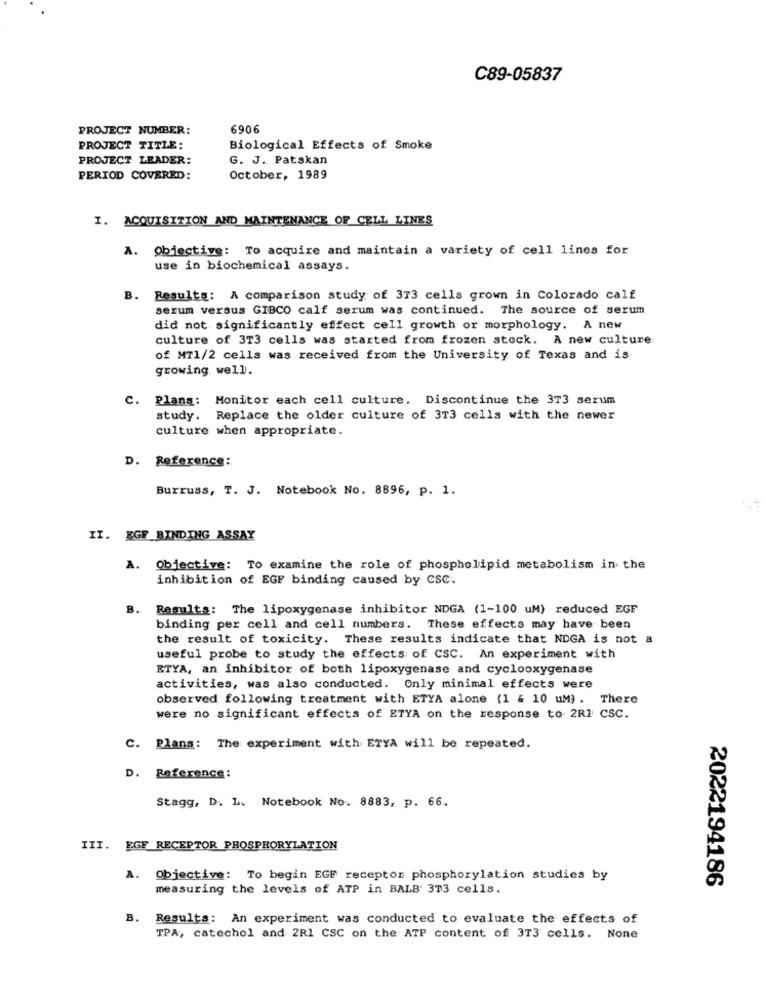
C89-05837
PROJECT NUMBER:
6906
PROJECT TITLE:
Biological Effects of Smoke
PROJECT LEADER:
G. J. Patskan
PERIOD COVERED:
October, 1989
I. ACQUISITION AND MAINTENANCE OF CELL LINES
A. objective: To acquire and maintain a variety of cell lines for
use in biochemical assays.
B. Results: A comparison study of 373 cells grown in Colorado calf
serum versus GIBCO calf serum was continued. The source of serum
did not significantly effect cell growth or morphology. A new
culture of 3T3 cells was started from frozen stock. A new culture
of MT1/2 cells was received from the University of Texas and is
growing well.
C. Plans: Monitor each cell culture. Discontinue the 373 serum
study. Replace the older culture of 3T3 cells with the newer
culture when appropriate.
D. Reference:
Burruss, T. J. Notebook No. 8896, p. 1.
II. EGF BINDING ASSAY
A. Objective: To examine the role of phospholipid metabolism in the
inhibition of EGF binding caused by CSC.
B. Results: The lipoxygenase inhibitor NDGA (1-100 uM) reduced EGF
binding per cell and cell numbers. These effects may have been
the result of toxicity. These results indicate that NDGA is not a
useful probe to study the effects of CSC. An experiment with
ETYA, an inhibitor of both lipoxygenase and cyclooxygenase
activities, was also conducted. Only minimal effects were
observed following treatment with ETYA alone (1 & 10 uM) . There
were no significant effects of ETYA on the response to 2RI CSC.
C. Plans: The experiment with ETYA will be repeated.
D. Reference:
Stagg, D. L. Notebook No. 8883, p. 66.
III. EGF RECEPTOR PHOSPHORYLATION
A.
Objective: To begin EGF receptor phosphorylation studies by
2022194186
measuring the levels of ATP in BALB 3T3 cells.
B. Results: An experiment was conducted to evaluate the effects of
TPA, catechol and 2R1 CSC on the ATP content of 3T3 cells. None